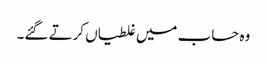
وہ حساب میں غلطیاں کرتے گئے۔